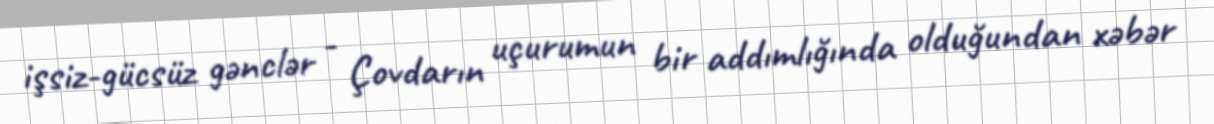
işsiz-gücsüz gənclər - Çovdarın uçurumun bir addımlığında olduğundan xəbər